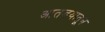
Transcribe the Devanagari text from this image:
आतडयातून